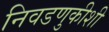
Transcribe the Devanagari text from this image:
निवडणुकीशी